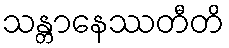
သန္တာနေဿတီတိ